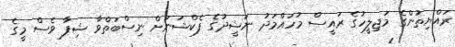
ރައްޔިތުންގެ މަޖިލީހުގެ ރައީސް މުހައްމަދު ނަޝީދުގެ ފެކްޝަނަށް ނިސްބަތްވާ ޝިފާ ވެސް މީގެ